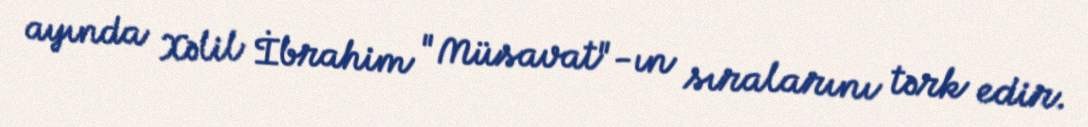
ayında Xəlil İbrahim "Müsavat"-ın sıralarını tərk edir.